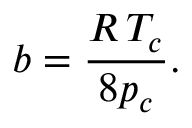
b = { \frac { R \, T _ { c } } { 8 p _ { c } } } .